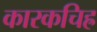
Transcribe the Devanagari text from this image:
कारकचिह्र